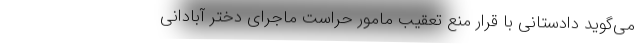
می‌گوید دادستانی با قرار منع تعقیب مامور حراست ماجرای دختر آبادانی